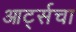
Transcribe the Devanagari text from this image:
आर्ट्सचा